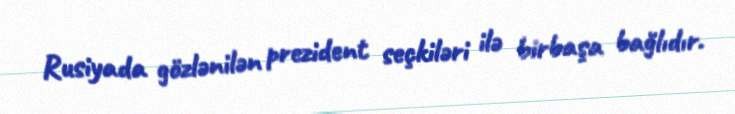
Rusiyada gözlənilən prezident seçkiləri ilə birbaşa bağlıdır.